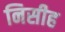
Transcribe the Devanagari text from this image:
निसीह